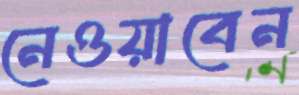
নেওয়াবেন